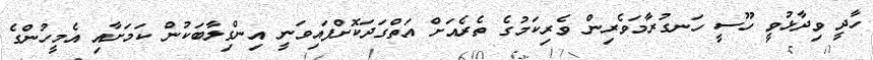
ހާދީ ވިދާޅުވީ ހޫސީ ހަނގުރާމަވެރިން ވެރިކަމުގެ ތެރެއަށް އަތްގަދަކޮށްފައިވަނީ އިންގިލާބަކުން ކަމަށާއި އެމީހުންގެ